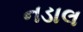
નડાલ